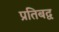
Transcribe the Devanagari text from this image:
प्रतिबद्व